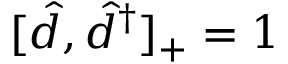
[ \hat { d } , \hat { d } ^ { \dagger } ] _ { + } = 1